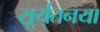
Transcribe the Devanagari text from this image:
सूर्यतनया